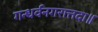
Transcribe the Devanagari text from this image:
गन्धर्वनगरात्तदा॥